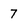
Character: 7